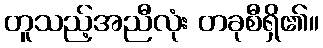
တူသည့်အညီလုံး တခုစီရှိ၏။